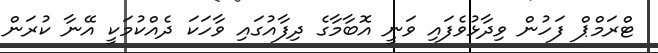
ޓްރަމްޕް ފަހުން ވިދާޅުވެފައި ވަނީ އޮބާމާގެ ދިފާއުގައި ވާހަކަ ދެއްކުމަކީ އޭނާ ކުރަން